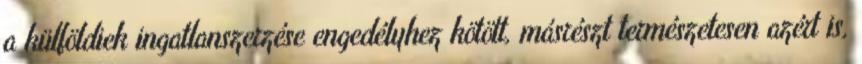
a külföldiek ingatlanszerzése engedélyhez kötött, másrészt természetesen azért is,